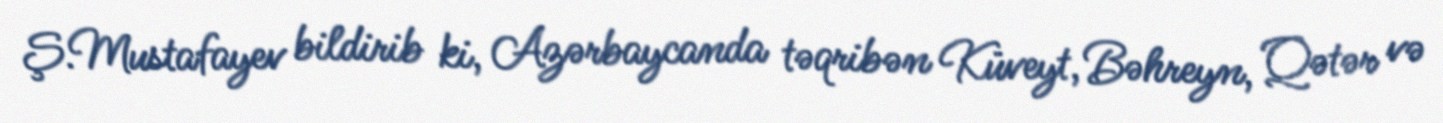
Ş.Mustafayev bildirib ki, Azərbaycanda təqribən Küveyt, Bəhreyn, Qətər və